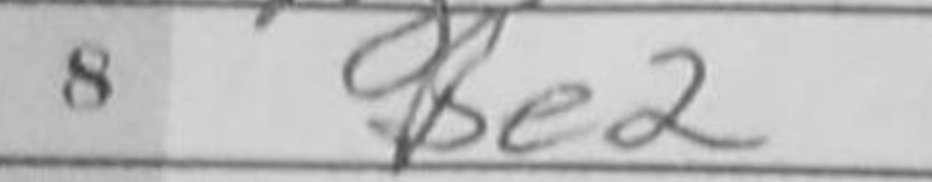
Transcription: Be2